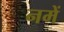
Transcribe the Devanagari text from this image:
नमें